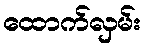
ထောက်လှမ်း